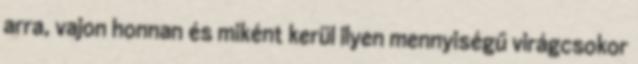
arra, vajon honnan és miként kerül ilyen mennyiségű virágcsokor